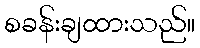
စခန်းချထားသည်။